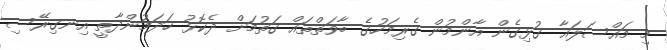
މި މައްސަލައާ ގުޅިގެން އާންމުން ގެރިމަހުގެ ބާވަތްތައް ގަތުމަށް ދެކޮޅު ހަދަމުންދާތީ އިނގިރޭސި